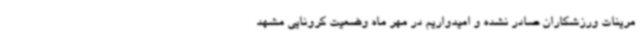
مرینات ورزشکاران صادر نشده و امیدواریم در مهر ماه وضعیت کرونایی مشهد